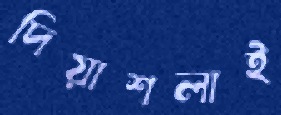
দিয়াশলাই